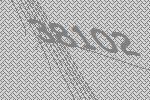
38102